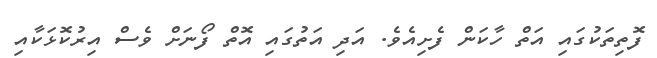
ފޮތިތަކުގައި އަތް ހާކަން ފެށިއެވެ. އަދި އަތުގައި އޮތް ފޯނަށް ވެސް އިރުކޮޅަކާއި